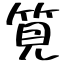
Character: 筧